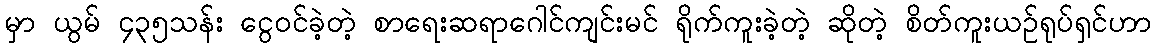
မှာ ယွမ် ၄၃၅သန်း ငွေဝင်ခဲ့တဲ့ စာရေးဆရာဂေါင်ကျင်းမင် ရိုက်ကူးခဲ့တဲ့ ဆိုတဲ့ စိတ်ကူးယဉ်ရုပ်ရှင်ဟာ